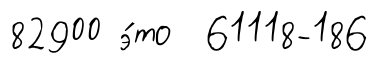
82900 э́то 61118-186